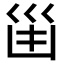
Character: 𠚋